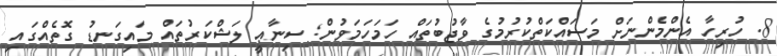
8. ހުރިހާ އެންމެންނަށް މަސައްކަތްކުރުމުގެ ވާޖުބުތައް ހަމަހަމަވުން; ސިނާޢީ ލަޝްކަރުތައް މައިގަނޑު ގޮތެއްގައި